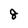
Character: 8